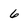
Character: 6